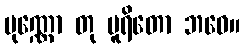
ပုဏ္ဏော တု ပူရိတော ဘဝေ။